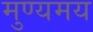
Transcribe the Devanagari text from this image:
मुण्यमय